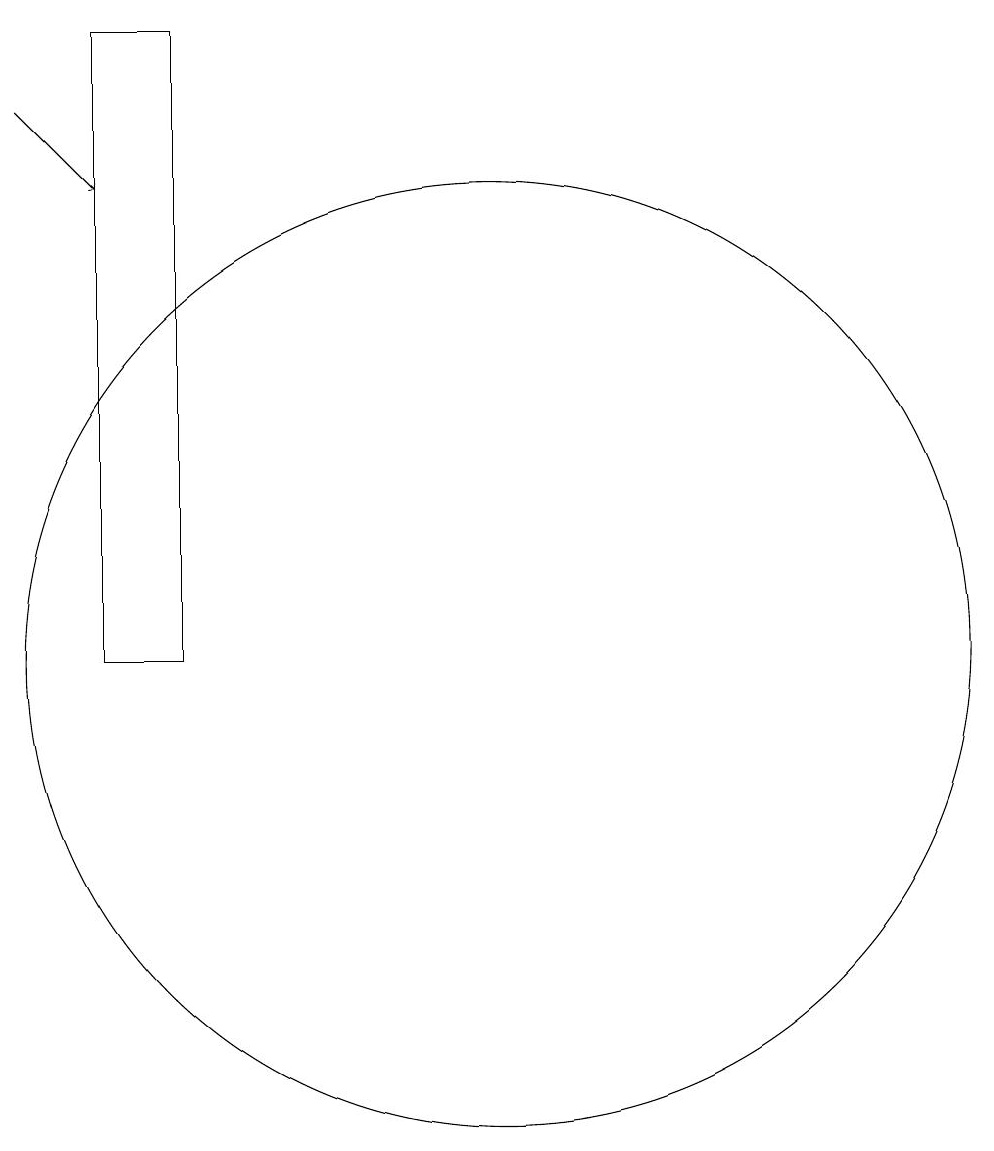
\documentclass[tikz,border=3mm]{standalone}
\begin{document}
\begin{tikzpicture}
\draw (12,11) circle (6);
\draw (7,19) rectangle (8,11);
\draw[->] (6,18) -- (7,17);
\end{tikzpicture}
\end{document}